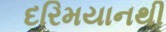
દરિમયાનથી